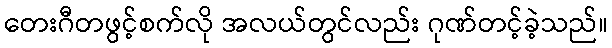
တေးဂီတဖွင့်စက်လို အလယ်တွင်လည်း ဂုဏ်တင့်ခဲ့သည်။